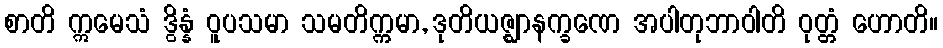
စာတိ ဣမေသံ ဒွိန္နံ ဝူပသမာ သမတိက္ကမာ, ဒုတိယဇ္ဈာနက္ခဏေ အပါတုဘာဝါတိ ဝုတ္တံ ဟောတိ။